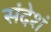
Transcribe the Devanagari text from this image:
संदेशं